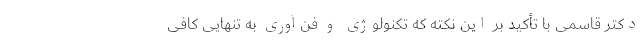
دکتر قاسمی با تأکید بر این نکته که تکنولوژی و فن‌آوری به تنهایی کافی